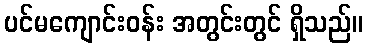
ပင်မကျောင်းဝန်း အတွင်းတွင် ရှိသည်။